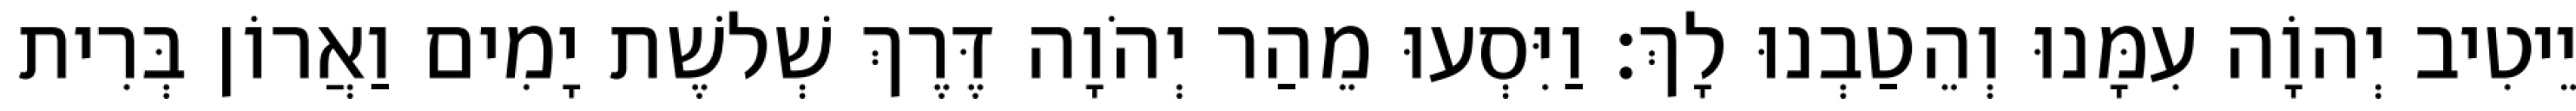
יֵיטִיב יְהוָֹה עִמָּנוּ וְהֵטַבְנוּ לָךְ׃ וַיִּסְעוּ מֵהַר יְהֹוָה דֶּרֶךְ שְׁלשֶׁת יָמִים וַאֲרוֹן בְּרִית